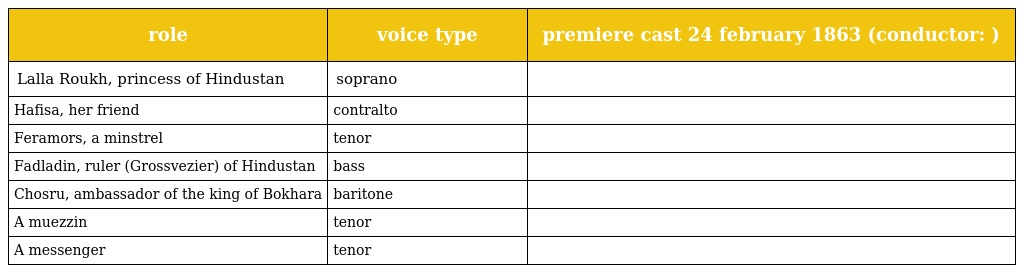
| role | voice type | premiere cast 24 february 1863 (conductor: ) |
 | --- | --- | --- |
 | Lalla Roukh, princess of Hindustan | soprano |  |
 | Hafisa, her friend | contralto |  |
 | Feramors, a minstrel | tenor |  |
 | Fadladin, ruler (Grossvezier) of Hindustan | bass |  |
 | Chosru, ambassador of the king of Bokhara | baritone |  |
 | A muezzin | tenor |  |
 | A messenger | tenor |  |